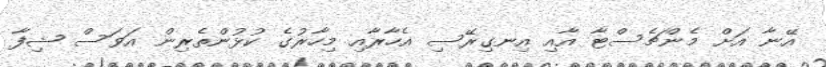
އޭނާ އަށް މެންޗެސްޓާ އާއި އިނގިރޭސި އެހާރާއި މިހާރުގެ ކުޅުންތެރިން އަވަސް ޝިފާ